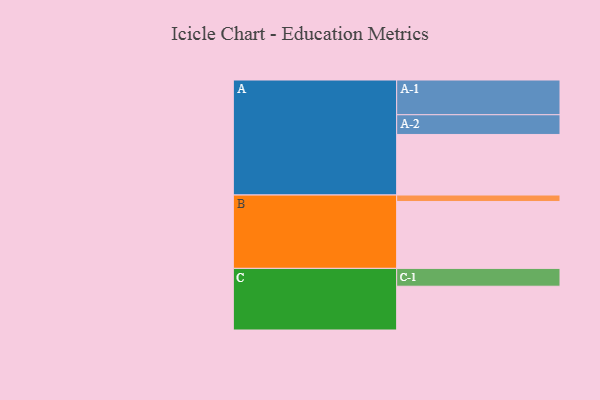
{"axis": {"x": "Segment", "y": "Value"}, "legend": ["", "A", "B", "C"], "data": [{"x": "A", "y": 516, "type": ""}, {"x": "B", "y": 570, "type": ""}, {"x": "C", "y": 373, "type": ""}, {"x": "A-1", "y": 296, "type": "A"}, {"x": "A-2", "y": 168, "type": "A"}, {"x": "B-1", "y": 55, "type": "B"}, {"x": "C-1", "y": 152, "type": "C"}]}